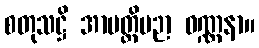
စတုသဋ္ဌိ အာပတ္တိပဉာ ဝဏ္ဏနာ။